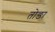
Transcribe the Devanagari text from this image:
तोङा